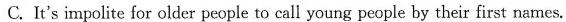
C.It's impolite for older people to call young people by their first names.